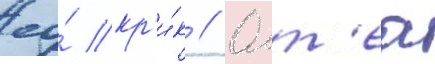
ео́ кр'и́к // Олт'еа